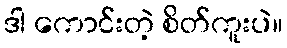
ဒါ ကောင်းတဲ့ စိတ်ကူးပဲ။